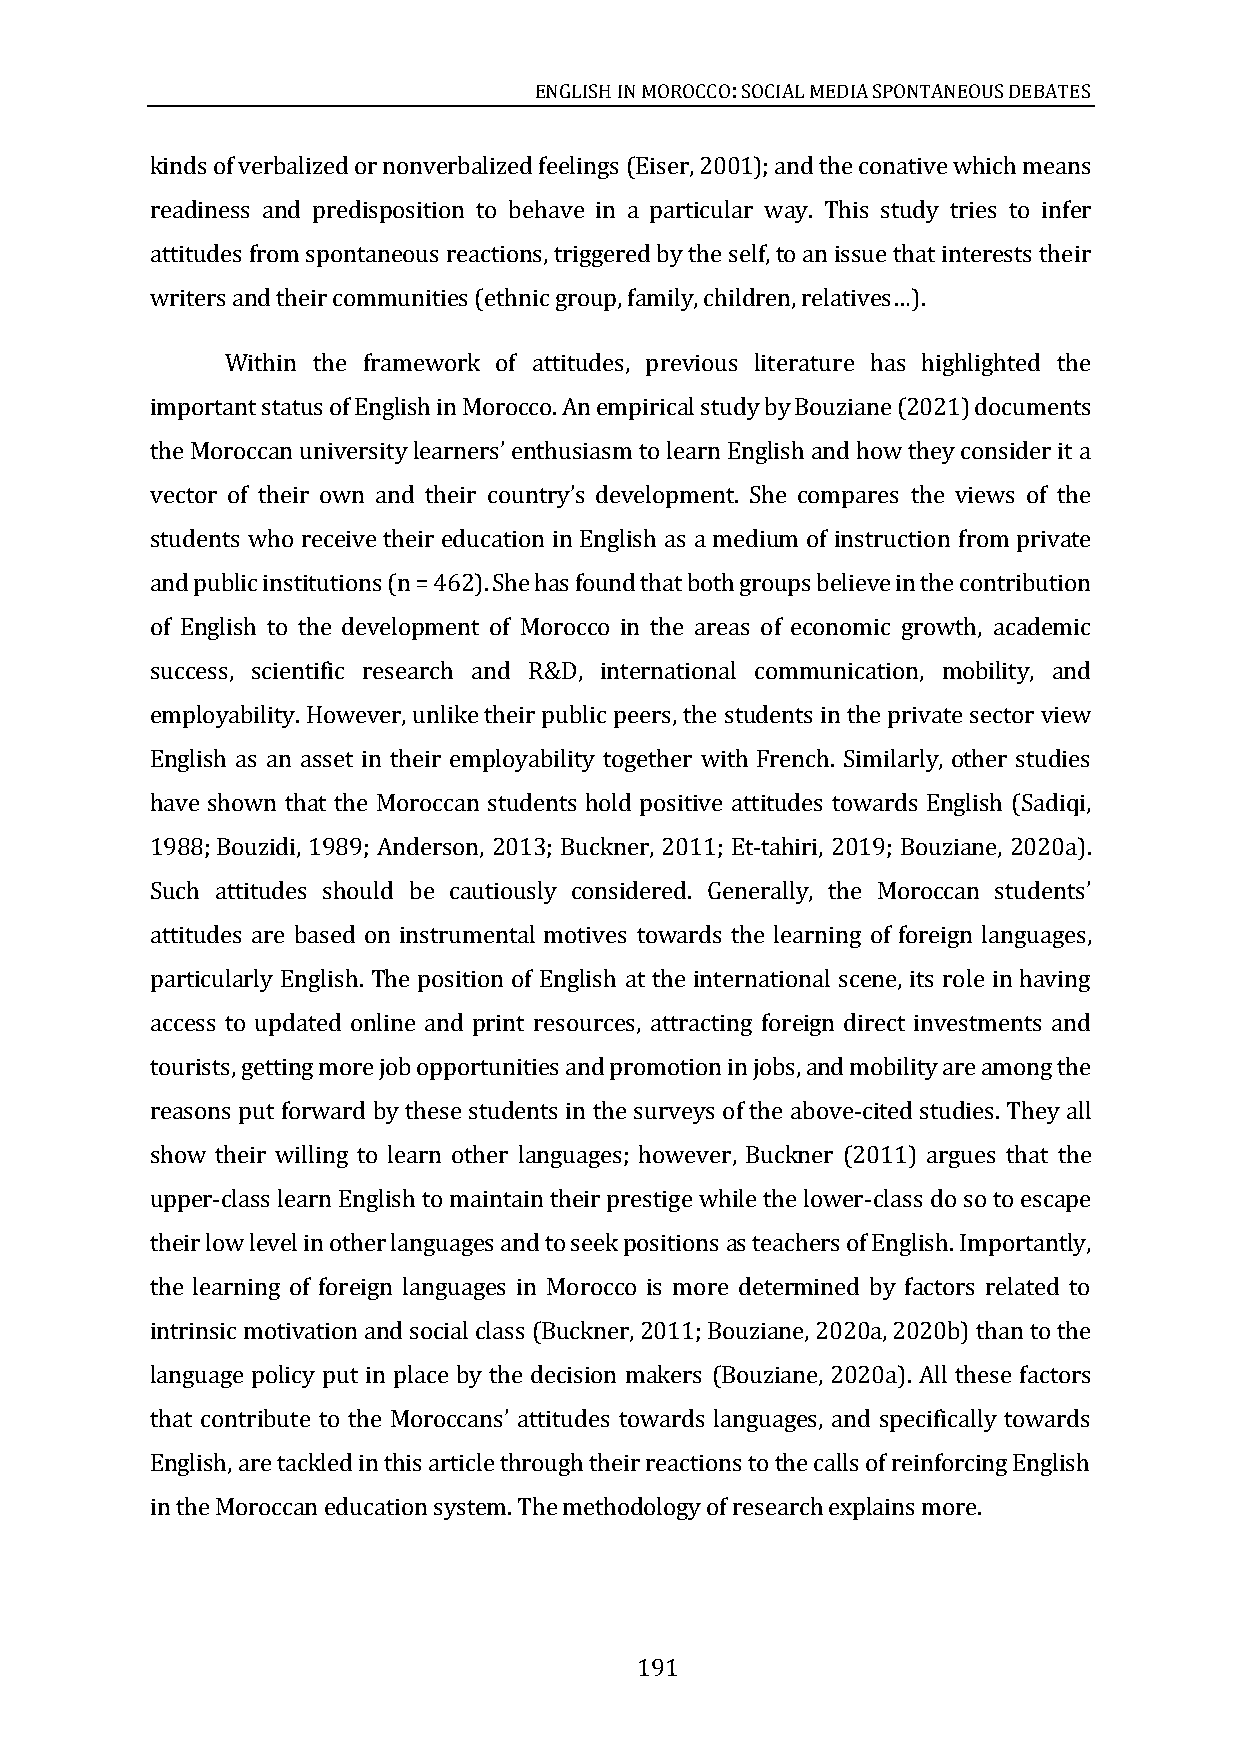
ENGLISH IN MOROCCO: SOCIAL MEDIA SPONTANEOUS DEBATES
 kinds of verbalized or nonverbalized feelings (Eiser, 2001); and the conative which means
 readiness and predisposition to behave in a particular way. This study tries to infer
 attitudes from spontaneous reactions, triggered by the self, to an issue that interests their
 writers and their communities (ethnic group, family, children, relatives
 …).
 Within the framework of attitudes, previous literature has highlighted the
 important status of English in Morocco. An empirical study by Bouziane (2021) documents
 the Moroccan university
 vector of their own and their country development. She compares the views of the
 learners’ enthusiasm to learn English and how they consider it a
 students who receive their education in English as a medium of instruction from private
 ’s
 and public institutions (n = 462). She has found that both groups believe in the contribution
 of English to the development of Morocco in the areas of economic growth, academic
 success, scientific research and R&D, international communication, mobility, and
 employability. However, unlike their public peers, the students in the private sector view
 English as an asset in their employability together with French. Similarly, other studies
 have shown that the Moroccan students hold positive attitudes towards English (Sadiqi,
 1988; Bouzidi, 1989; Anderson, 2013; Buckner, 2011; Et-tahiri, 2019; Bouziane, 2020a).
 Such attitudes should be cautiously considered. Generally, the Moroccan students
 attitudes are based on instrumental motives towards the learning of foreign languages,
 ’
 particularly English. The position of English at the international scene, its role in having
 access to updated online and print resources, attracting foreign direct investments and
 tourists, getting more job opportunities and promotion in jobs, and mobility are among the
 reasons put forward by these students in the surveys of the above-cited studies. They all
 show their willing to learn other languages; however, Buckner (2011) argues that the
 upper-class learn English to maintain their prestige while the lower-class do so to escape
 their low level in other languages and to seek positions as teachers of English. Importantly,
 the learning of foreign languages in Morocco is more determined by factors related to
 intrinsic motivation and social class (Buckner, 2011; Bouziane, 2020a, 2020b) than to the
 language policy put in place by the decision makers (Bouziane, 2020a). All these factors
 that contr
 English, are tackled in this article through their reactions to the calls of reinforcing English
 ibute to the Moroccans’ attitudes towards languages, and specifically towards
 in the Moroccan education system. The methodology of research explains more.
 191